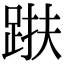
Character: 𨁜